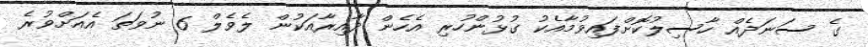
ގެ ސަނަދެއް ހާސިލުކޮށްފައިވުމާއެކު ގުޅުންހުރި އެހެން ދާއިރާއަކުން ލެވެލް 6 ނުވަތަ އެއަށްވުރެ